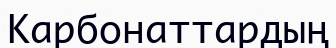
Карбонаттардың